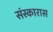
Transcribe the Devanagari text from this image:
संस्कारास